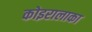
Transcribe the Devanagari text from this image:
कोइरालाका